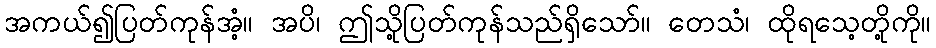
အကယ်၍ပြတ်ကုန်အံ့။ အပိ၊ ဤသို့ပြတ်ကုန်သည်ရှိသော်။ တေသံ၊ ထိုရသေ့တို့ကို။